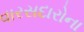
વારસદારોના